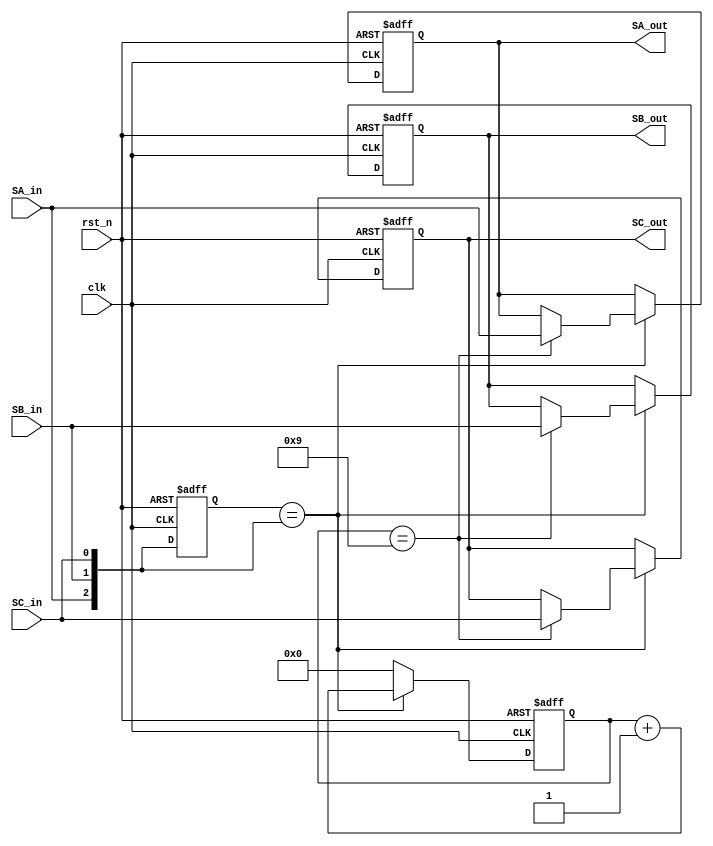
module hallfilter(clk,rst_n,SA_in,SB_in,SC_in,SA_out,SB_out,SC_out);
input clk,rst_n,SA_in,SB_in,SC_in;
output SA_out,SB_out,SC_out; 
reg SA_out,SB_out,SC_out;
reg [2:0]buffer; 
reg [3:0]counter; 
always@(posedge clk or negedge rst_n)

begin
if(rst_n==1'b0)
	begin
		SA_out<=1'b0; 
		SB_out<=1'b0; 
		SC_out<=1'b0; 
		buffer<=3'b000; 
		counter<=4'b0000; 
	end
else
	begin
		if(buffer=={SA_in,SB_in,SC_in})
			begin
			counter<=counter+1'b1; 
			if(counter==4'b1001)
				begin
				SA_out<=SA_in; 
				SB_out<=SB_in; 
				SC_out<=SC_in; 			
				end
			else
				begin
				SA_out<=SA_out; 
				SB_out<=SB_out; 
				SC_out<=SC_out; 				
				end			
			end
		else
			begin
			counter<=4'b0000; 
			end
		buffer<={SA_in,SB_in,SC_in}; 		
end//rst_n==1; 
end//always
endmodule